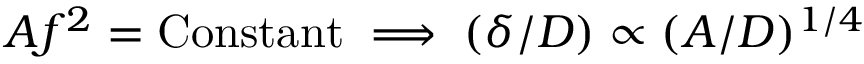
A f ^ { 2 } = \mathrm { C o n s t a n t } \implies ( \delta / D ) \propto ( A / D ) ^ { 1 / 4 }